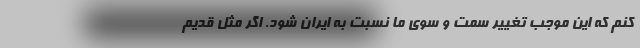
کنم که این موجب تغییر سمت و سوی ما نسبت به ایران شود. اگر مثل قدیم